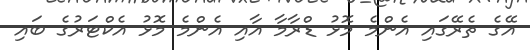
އޭގެ ތެރޭގައި އެންމެ މޮޅު ޑްރާމާ އާއި އެންމެ މޮޅު އެކްޓަރުގެ ބައި